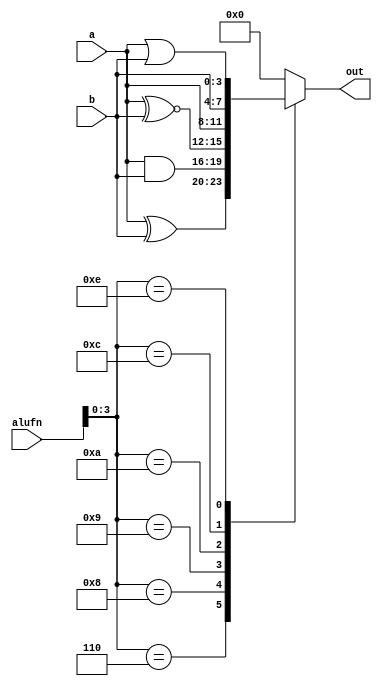
/*
   This file was generated automatically by the Mojo IDE version B1.3.6.
   Do not edit this file directly. Instead edit the original Lucid source.
   This is a temporary file and any changes made to it will be destroyed.
*/

module boole4_12 (
    input [3:0] a,
    input [3:0] b,
    input [5:0] alufn,
    output reg [3:0] out
  );
  
  
  
  always @* begin
    
    case (alufn[0+3-:4])
      4'h0: begin
        out = 1'h0;
      end
      4'h6: begin
        out = a ^ b;
      end
      4'h8: begin
        out = a & b;
      end
      4'h9: begin
        out = a ~^ b;
      end
      4'ha: begin
        out = a;
      end
      4'hc: begin
        out = b;
      end
      4'he: begin
        out = a | b;
      end
      default: begin
        out = 1'h0;
      end
    endcase
  end
endmodule